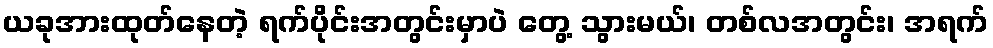
ယခုအားထုတ်နေတဲ့ ရက်ပိုင်းအတွင်းမှာပဲ တွေ့ သွားမယ်၊ တစ်လအတွင်း၊ အရက်